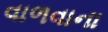
વાળવાના